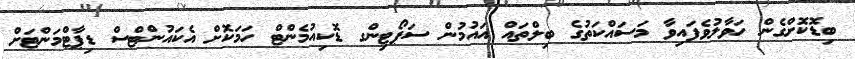
ބިޑޮކޮށްގެން ހަވާލުވެފައިވާ މަސައްކަތުގެ ބިލްތައް އައުމުން ސަޕޯޓިންގ ޑޮކިއުމެންޓް ހަމަކޮށް އެކައުންޓްސް ޑިޕާޓްމަންޓަށް